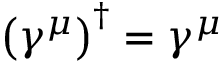
\left( \gamma ^ { \mu } \right) ^ { \dagger } = \gamma ^ { \mu }